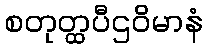
စတုတ္ထပီဌဝိမာနံ